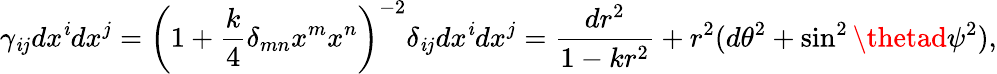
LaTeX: \gamma_{\mathit{i}j}dx^{\mathit{i}}dx^{j}=\left(1+{\frac{{k}}{{4}}}\delta_{mn}x^{m}x^{n}\right)^{-2}\delta_{\mathit{i}j}dx^{\mathit{i}}dx^{j}={\frac{{dr^{2}}}{{1-kr^{2}}}}+r^{2}(d\theta^{2}+\sin^{2}\thetad\psi^{2}),